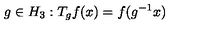
g \in H _ { 3 } : T _ { g } f ( x ) = f ( g ^ { - 1 } x )